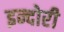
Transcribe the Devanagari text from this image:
इन्दोरी